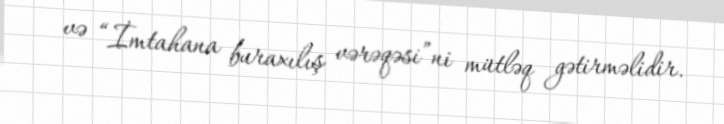
və “İmtahana buraxılış vərəqəsi”ni mütləq gətirməlidir.